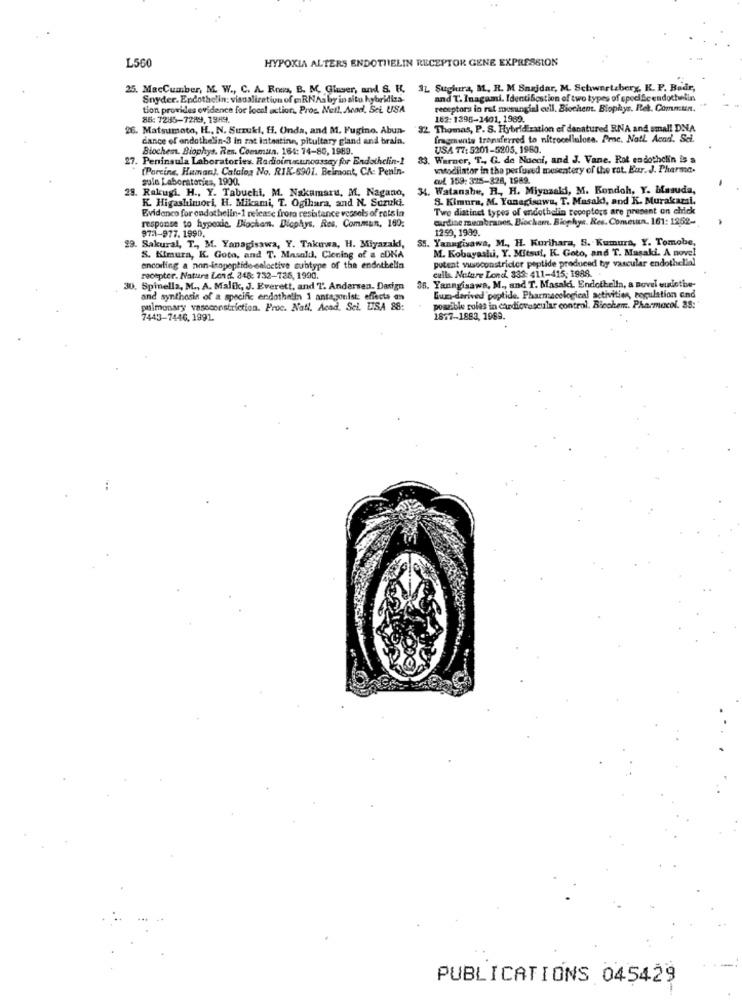
L560
HYPOXIA ALTERS ENDOTHELIN RECEPTOR GENE EXPRESSION
25. MacCumber, M. W ., C. A. Rows, B. M. Glaser, and S. H. 3L Suchura, M. R. M Snajdar, M. Schwartzberg, K. P. Badr,
Snyder. Endothelin: visualization of RNAsby in situ hybridiza-
and T. Inagami. Identification of two types of speci Scendothelin
tion provides evidence for local action. Proc. Net !. Acad, Sci USA
receptors in rat mosungiel cull. Biochem. Biophys. Rek. Commun.
85: 7285-7289, 1989.
162:1395-1401, 1989.
26. Matsumoto, HL ., N. Suzuki, H, Onda, and M. Fugino. Abun-
32 Thomas, P. S. Hybridization of denatured RNA and small DNA
dance of endothelin-3 in mt latestine, pituitary gland and brala.
fragrunte transferred to nitrocellulose. Proc. Natl Acad. Sci.
Biochem. Biophys. Res. Coesman. 164: 74-80, 1989.
USA 77: 5201-5205. 1960.
. Peninsula Laboratories. Radioimmunoassay for Endothelin-2
33.
Warner, T ., G. de Nueni, and J. Vane. Rot endothelin &: s
(Porcins, Human), Catalog No. RIK-6901. Belmont, CA: Penin-
vasodilator in the perfuved mesentery of the rat. Eur. J. Pharma.
solo Laboratories, 1900.
cul 159: 315-328, 1989.
29. Rakugi. H ., Y. Tabuchi, M. Nakamaru, M. Nagano,
. Watanshe, R ., H. Miyazaki, M. Kondoh, Y. Masuda,
K. Higashimori, H. Mikami, T. Ogihara, and N. Suzuki.
S. Kimura, M. Yanagisawa, T. Masaki, and K. Murakami,
Evidenco for endothelin-1 release froma resistance vessels of rets in
Two distinct types of endothelin receptors are present on click
cardine membranes, Biochar. Biophys. Res. Comeun. 161: 1852-
response to hypoxic, Diochan. Diephys, Res, Commun, 160.
1250, 1989.
97:1-977.1990.
SH. Yanagisawa, M ., H. Kurihara, S. Kumura, Y. Tomobe,
29. Sakural, T ., M. Yanagisawa, Y. Takuwa, H. Miyazaki,
M. Kobayashi, Y. Mitsui, K. Goto, and T. Masaki. A novel
S. Kimura, K. Gota, and T. Masali, Cloning of a cDNA
potent vasoconstrictor peptide produced by vascular endothelial
encorling a non-isopeptide-colactive subtype of the endotbella
recepter. Natura Land. 348: 732-736, 1990.
culls. Nature Lond 333: 411-415; 1988.
30. Spinella, M ., A. Malik, J. Everett, and 7. Andersen. Darin
35. Yanngisawa, M ., and T. Masals, Endothelin, a novel eulethe-
and synthesis of a specific endothelin 1 antagonist: effects on
Gumo-derived peptide. Pharmacological activities, regulation and
pulmonary vasoconstriction. Proc. Nati. Acad. Sci. USA 88:
possible coles in cardiovascular control. Bicohem. Pharmacol. 35:"
7443-7446, 1991.
1877-1883, 1989.
PUBLICATIONS 045429